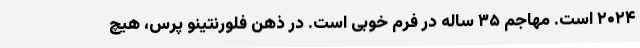
۲۰۲۴ است. مهاجم ۳۵ ساله در فرم خوبی است. در ذهن فلورنتینو پرس، هیچ